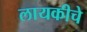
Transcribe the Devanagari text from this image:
लायकीचे